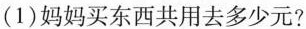
(1)妈妈买东西共用去多少元?